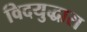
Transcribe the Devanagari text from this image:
विदयुद्धारा